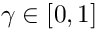
\gamma \in [ 0 , 1 ]